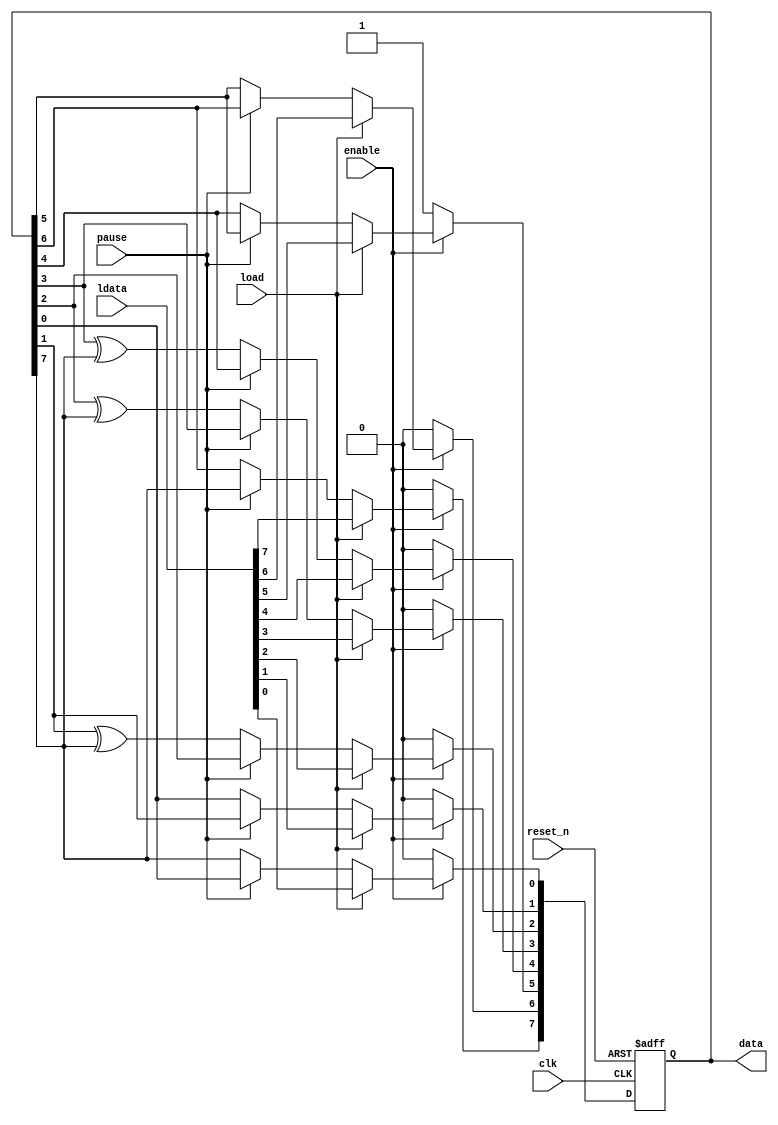
module nios_altmemddr_0_ex_lfsr8 (
clk, reset_n, enable, pause, load, data, ldata);

   parameter seed  = 32;
   input clk;
   input reset_n;
   input enable;
   input pause;
   input load;
   output[8 - 1:0] data;
   wire[8 - 1:0] data;
   input[8 - 1:0] ldata;

   reg[8 - 1:0] lfsr_data;

   assign data = lfsr_data ;

   always @(posedge clk or negedge reset_n)
   begin
      if (!reset_n)
      begin
         // Reset - asynchronously reset to seed value
         lfsr_data <= seed[7:0] ;
      end
      else
      begin
         if (!enable)
         begin
            lfsr_data <= seed[7:0];
         end
         else
         begin
            if (load)
            begin
               lfsr_data <= ldata ;
            end
            else
            begin
               // Registered mode - synchronous propagation of signals
               if (!pause)
               begin
                  lfsr_data[0] <= lfsr_data[7] ;
                  lfsr_data[1] <= lfsr_data[0] ;
                  lfsr_data[2] <= lfsr_data[1] ^ lfsr_data[7] ;
                  lfsr_data[3] <= lfsr_data[2] ^ lfsr_data[7] ;
                  lfsr_data[4] <= lfsr_data[3] ^ lfsr_data[7] ;
                  lfsr_data[5] <= lfsr_data[4] ;
                  lfsr_data[6] <= lfsr_data[5] ;
                  lfsr_data[7] <= lfsr_data[6] ;
               end
            end
         end
      end
   end
endmodule